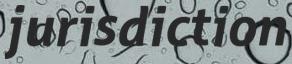
jurisdiction